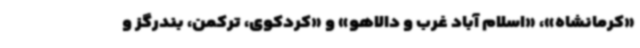
«کرمانشاه»، «اسلام آباد غرب و دالاهو» و «کردکوی، ترکمن، بندرگز و